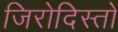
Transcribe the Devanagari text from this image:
जिरोदिस्तो